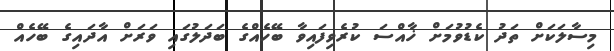
މިސާލަކަށް ތަދު ކެޑުވުމަށް ޚާއްސަ ކުރެވިފައިވާ ބޭހެއްގެ ބަދަލުގައި ވަރަށް އާދައިގެ ބޭހެއް